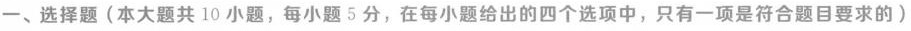
一、选择题(本大题共10小题，每小题5分，在每小题给出的四个选项中，只有一项是符合题目要求的)